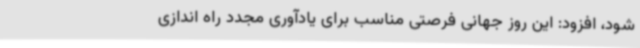
شود، افزود: این روز جهانی فرصتی مناسب برای یادآوری مجدد راه اندازی